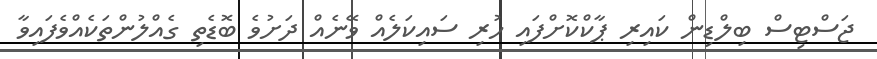
ޖަސްޓިސް ބިލްޑިން ކައިރި ޕާކްކޮށްފައި ހުރި ސައިކަލެއް ވޭނެއް ދަށުވެ ބޮޑެތި ގެއްލުންތަކެއްވެފައިވާ